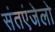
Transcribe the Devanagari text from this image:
संतएंजेलो